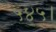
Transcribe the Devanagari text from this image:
५४५।